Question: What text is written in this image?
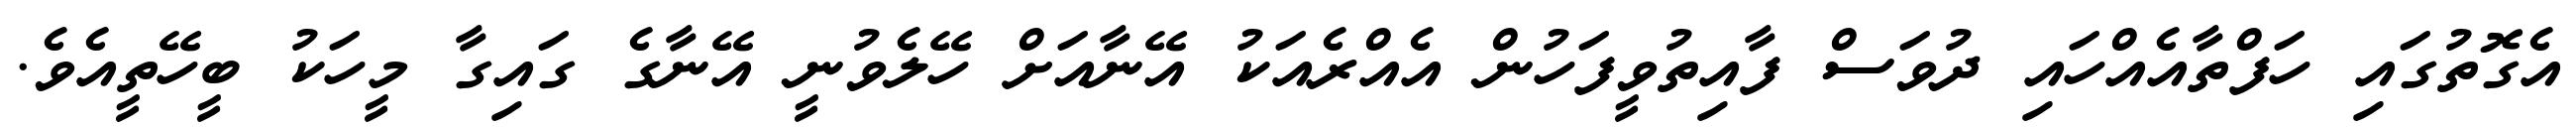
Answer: އެގޮތުގައި ހަފްތާއެއްހައި ދުވަސް ފާއިތުވީފަހުން އެއްރެއަކު އޭނާއަށް ހޭލެވުނީ އޭނާގެ ގައިގާ މީހަކު ބީހޭތީއެވެ.